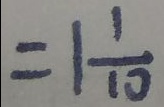
= 1 \frac { 1 } { 1 0 }